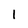
Character: 1